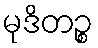
မုဒိတဉ္စ